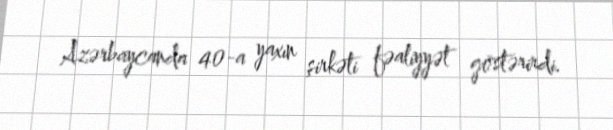
Azərbaycanda 40-a yaxın şirkəti fəaliyyət göstərirdi.